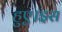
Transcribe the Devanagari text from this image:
हुए।इस